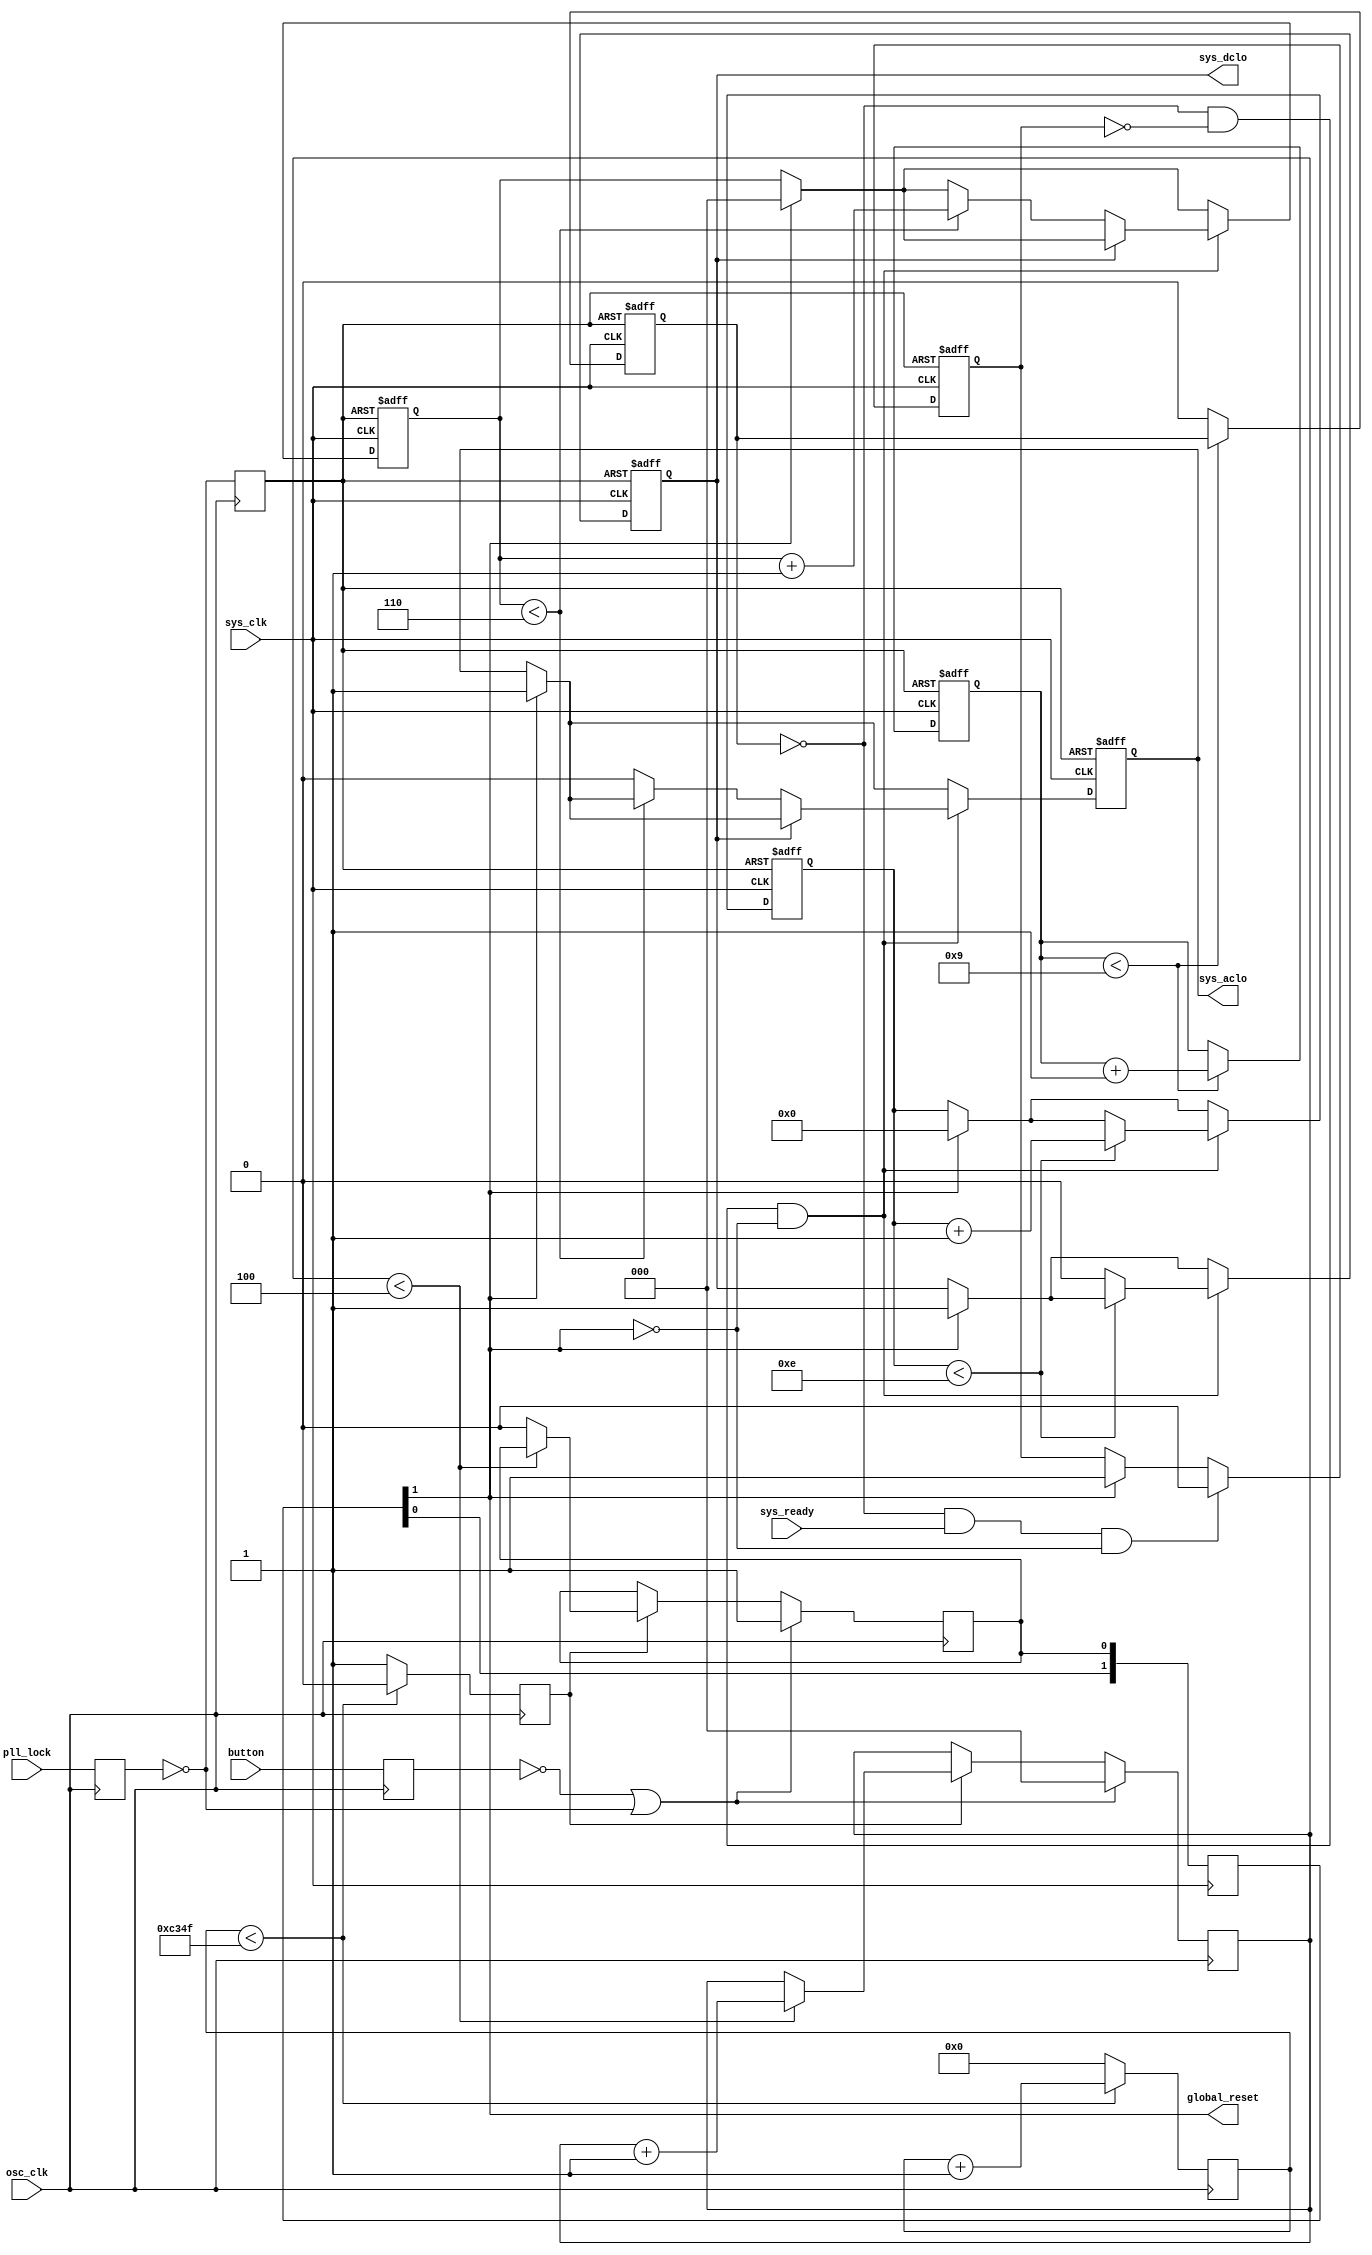
//**************************************************************
//*     
//**************************************************************
module wbc_rst #(parameter

   OSCCLK=50000000,           //    
   PWR_WIDTH=10,              // minimal Power Reset width in system ticks
   DCLO_WIDTH=15,             //   DCLO
   ACLO_DELAY=7,              //   ACLO  DCLO
   DEBOUNCE=5                 //        
)
(
   input       osc_clk,       //    
   input       sys_clk,       //   
   input       pll_lock,      //  PLL
   input       button,        //    ()
   input       sys_ready,     //     
                              //
   output reg  sys_dclo,      // DCLO output
   output reg  sys_aclo,      // ACLO output
   output      global_reset   //      sys_read, 1 - , 0 - 
);
localparam DB_COUNTER_WIDTH = log2(DEBOUNCE);
localparam OS_COUNTER_WIDTH = log2(OSCCLK/1000);

localparam PW_COUNTER_WIDTH = log2(PWR_WIDTH);
localparam DC_COUNTER_WIDTH = log2(DCLO_WIDTH);
localparam AC_COUNTER_WIDTH = log2(ACLO_DELAY);

reg   [DB_COUNTER_WIDTH-1:0] count_db;
reg   [OS_COUNTER_WIDTH-1:0] count_os;

reg   [PW_COUNTER_WIDTH-1:0] count_pw;
reg   [DC_COUNTER_WIDTH-1:0] count_dc;
reg   [AC_COUNTER_WIDTH-1:0] count_ac;

reg   osc_ms;
reg   pll_reg;
reg   but_reg;
reg   key_down;

reg   pwr_rst;       // power reset -    PWR_WIDTH
reg   sys_rst;       // system reset -     


reg   [1:0] key_syn;
reg   pwr_event;
wire  key_event;

assign global_reset=key_event;
//______________________________________________________________________________
//
// Oscillator clock domain - button and PLL failure detectors
//
always @(posedge osc_clk)
begin
   if (count_os < ((OSCCLK/1000)-1))
   begin
      count_os <= count_os + 1'b1;
      osc_ms <= 1'b0;
   end
   else
   begin
      count_os <= 0;
      osc_ms <= 1'b1;
   end
end
//
// External button debouncer
//
always @(posedge osc_clk)
begin
   if (~but_reg | ~pll_reg)
   begin
      count_db <= 0;
      key_down <= 1'b1;
   end
   else
      if (osc_ms)
      begin
         if (count_db < (DEBOUNCE-1))
            count_db <= count_db + 1'b1;
         else
            key_down <= 1'b0;
      end
   pll_reg <= pll_lock;
   but_reg <= button;
   pwr_event <= ~pll_reg;
end
//______________________________________________________________________________
//
// System clock domain metastability synchronizers
//
always @(posedge sys_clk)
begin
   key_syn[0] <= key_down;
   key_syn[1] <= key_syn[0];
end
assign key_event = key_syn[1];

always @(posedge sys_clk or posedge pwr_event)
begin
   if (pwr_event)
   begin
      count_pw <= 0;
      count_dc <= 0;
      count_ac <= 0;

      pwr_rst  <= 1'b1;
      sys_rst  <= 1'b1;
      sys_dclo <= 1'b1;
      sys_aclo <= 1'b1;
   end
   else
   begin
      //
      // Power Reset deassertion delay after Power Event
      //
      if (count_pw < (PWR_WIDTH-1))
         count_pw <= count_pw + 1'b1;
      else
         pwr_rst <= 1'b0;
      //
      // Assert System Reset if button is pressed
      //
      if (key_event)
      begin
         count_dc <= 0;
         count_ac <= 0;
         sys_rst  <= 1'b1;
         sys_dclo <= 1'b1;
         sys_aclo <= 1'b1;
      end
      //
      // System Reset waits for System Ready
      // Some system components may require time to complete
      // its internal initialization, for example, memory
      // controller may initialize the SDRAM chips.
      //
      if (~pwr_rst & sys_ready & ~key_event)
         sys_rst <= 1'b0;
      //
      // DCLO and ACLO synchronous deassertions
      //
      if (~pwr_rst & ~sys_rst & ~key_event)
      begin
         //
         // Count the DCLO pulse
         //
         if (count_dc < (DCLO_WIDTH-1))
            count_dc <= count_dc + 1'b1;
         else
            sys_dclo <= 1'b0;
         //
         // After DCLO deassertion start ACLO counter
         //
         if (~sys_dclo)
            if (count_ac < (ACLO_DELAY-1))
               count_ac <= count_ac + 1'b1;
            else
               sys_aclo <= 1'b0;
      end
   end
end

function integer log2(input integer value);
   begin
      for (log2=0; value>0; log2=log2+1)
         value = value >> 1;
   end
endfunction

endmodule